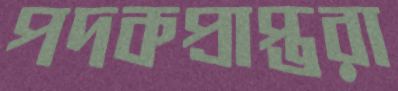
পদকপ্রাপ্তরা